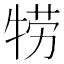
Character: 𤙯